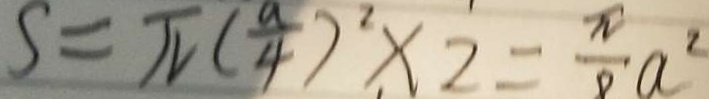
S = \pi ( \frac { a } { 4 } ) ^ { 2 } \times 2 = \frac { \pi } { 8 } a ^ { 2 }